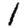
Digit: 1